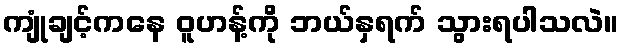
ကျုံချင့်ကနေ ဝူဟန့်ကို ဘယ်နှရက် သွားရပါသလဲ။